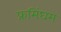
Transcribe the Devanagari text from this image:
फ्रमिंघम